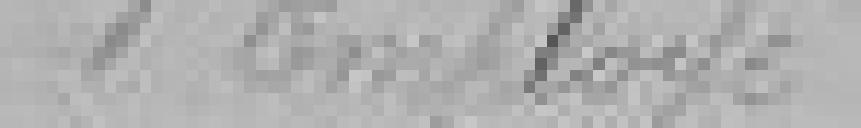
1 Employé